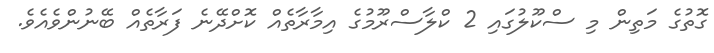
ގޮތުގެ މަތިން މި ސްކޫލުގައި 2 ކްލާސްރޫމުގެ އިމާރާތެއް ކޮށްދޭނެ ފަރާތެއް ބޭނުންވެއެވެ.